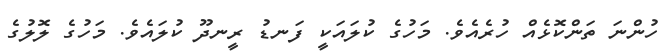
ހުންނަ ތަންކޮޅެއް ހުރެއެވެ. މަހުގެ ކުލައަކީ ފަނޑު ރީނދޫ ކުލައެވެ. މަހުގެ ލޮލުގެ